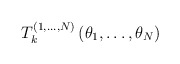
\begin{align*}T^{(1,\dots ,N)}_{k}\left( \theta _{1},\dots ,\theta _{N}\right)\end{align*}